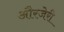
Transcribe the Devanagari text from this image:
औरजेरी